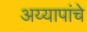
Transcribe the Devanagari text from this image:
अय्यापांचे